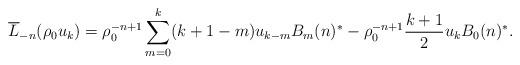
LaTeX: \begin{gather*}\overline{L}_{-n}(\rho_0u_k)=\rho_0^{-n+1}\sum\limits_{m=0}^{k}(k+1-m)u_{k-m}B_{m}(n)^*-\rho_0^{-n+1}\frac{k+1}{2}u_kB_0(n)^*.\end{gather*}